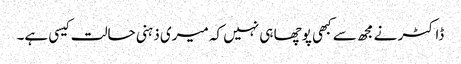
ڈاکٹر نے مجھ سے کبھی پوچھا ہی نہیں کہ میری ذہنی حالت کیسی ہے۔